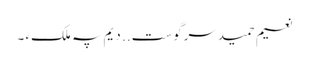
نعیم حمیدسرگوست .. دیم پہ ملکءَ ۔